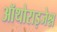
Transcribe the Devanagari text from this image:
ऑथोराइजेश्न